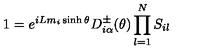
1 = e ^ { i L m _ { i } \sinh \theta } D _ { i \alpha } ^ { \pm } ( \theta ) \prod _ { l = 1 } ^ { N } S _ { i l }